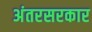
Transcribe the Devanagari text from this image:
अंतरसरकार